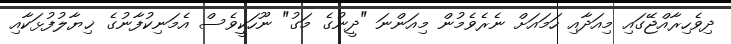
ދިވެހިރާއްޖޭގައި މިއަދާއި ހަމައަށް ނެރެވެމުން މިއަންނަ "ދީނުގެ މަގު" ނޫހަކީވެސް އެމަނިކުފާނުގެ ޚިޔާލުފުޅަކާއި